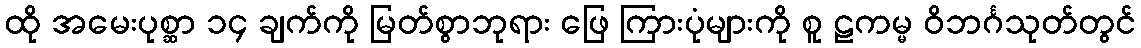
ထို အမေးပုစ္ဆာ ၁၄ ချက်ကို မြတ်စွာဘုရား ဖြေ ကြားပုံများကို စူ ဠကမ္မ ဝိဘင်္ဂသုတ်တွင်